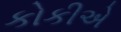
કોકીએ